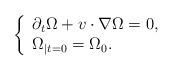
LaTeX: \begin{align*}\left\{\begin{array}{ll}\partial_{t}\Omega+v\cdot\nabla \Omega=0, & \\\Omega_{|t=0}=\Omega_0.\end{array}\right. \end{align*}